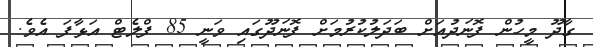
ގާދޫ މީހުން ފޮނަދުއަށް ބަދަލުކުރުމަށް ފޮނަދޫގައި ވަނީ 85 ފްލެޓް އަޅާފަ އެވެ.